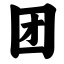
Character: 团